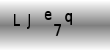
Text: Lje7q